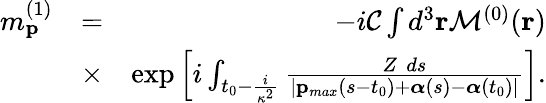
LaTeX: \begin{array}{rlr}{m_{\mathbf{p}}^{(1)}}&{=}&{-i{\cal C}\int d^{3}\mathbf{r}{\cal M}^{(0)}(\mathbf{r})}\\ &{\times}&{\exp\left[i\int_{t_{0}-\frac{i}{\kappa^{2}}}\frac{Z\, \, ds}{|\mathbf{p}_{max}(s-t_{0})+\boldsymbol{\alpha}(s)-\boldsymbol{\alpha}(t_{0})|}\right].}\end{array}